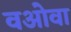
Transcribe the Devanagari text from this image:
वओवा